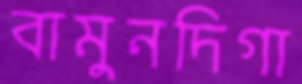
বামুনদিগা